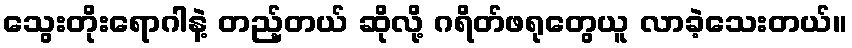
သွေးတိုးရောဂါနဲ့ တည့်တယ် ဆိုလို့ ဂရိတ်ဖရုတွေယူ လာခဲ့သေးတယ်။